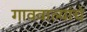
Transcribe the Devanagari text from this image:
गाववाल्यांचे